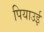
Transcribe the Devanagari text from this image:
पियाउई